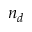
n _ { d }